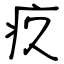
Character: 疚